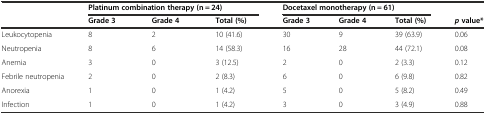
| <ROWSPAN=2>  | <COLSPAN=3> Platinum combination therapy (n = 24) | <COLSPAN=3> Docetaxel monotherapy (n = 61) |  |
 | Grade 3 | Grade 4 | Total (%) | Grade 3 | Grade 4 | Total (%) | pvalue* |
 | --- | --- | --- | --- | --- | --- | --- | --- |
 | Leukocytopenia | 8 | 2 | 10 (41.6) | 30 | 9 | 39 (63.9) | 0.06 |
 | Neutropenia | 8 | 6 | 14 (58.3) | 16 | 28 | 44 (72.1) | 0.08 |
 | Anemia | 3 | 0 | 3 (12.5) | 2 | 0 | 2 (3.3) | 0.12 |
 | Febrile neutropenia | 2 | 0 | 2 (8.3) | 6 | 0 | 6 (9.8) | 0.82 |
 | Anorexia | 1 | 0 | 1 (4.2) | 5 | 0 | 5 (8.2) | 0.49 |
 | Infection | 1 | 0 | 1 (4.2) | 3 | 0 | 3 (4.9) | 0.88 |